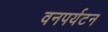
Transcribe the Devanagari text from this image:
वनपर्यटन